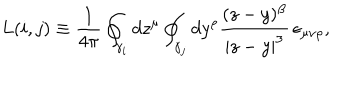
L ( i , j ) \equiv \frac 1 { 4 \pi } \oint _ { \gamma _ { i } } d z ^ { \mu } \oint _ { \gamma _ { j } } d y ^ { \rho } \frac { ( z - y ) ^ { \beta } } { | z - y | ^ { 3 } } \, \epsilon _ { \mu \nu \rho } ,